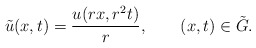
\begin{align*}\tilde u(x,t)= \frac{u(rx,r^2 t)}{r}, \ \ \ \ \ \ (x,t)\in \tilde G.\end{align*}